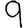
Digit: 9